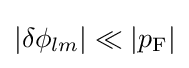
{\textstyle |\delta \phi _{lm}|\ll |p_{\rm {F}}|}